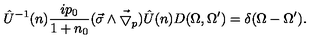
\hat { U } ^ { - 1 } ( n ) \frac { i p _ { 0 } } { 1 + n _ { 0 } } ( \vec { \sigma } \wedge \vec { \bigtriangledown } _ { p } ) \hat { U } ( n ) D ( \Omega , \Omega ^ { \prime } ) = \delta ( \Omega - \Omega ^ { \prime } ) .